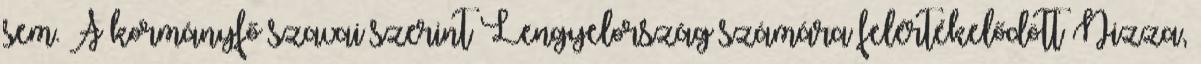
sem. A kormányfő szavai szerint Lengyelország számára felértékelődött Nizza,